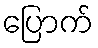
ပြောက်